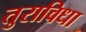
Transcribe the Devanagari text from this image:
तुराविधा